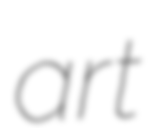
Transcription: art